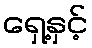
ရှေ့နှင့်